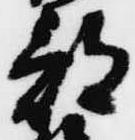
部